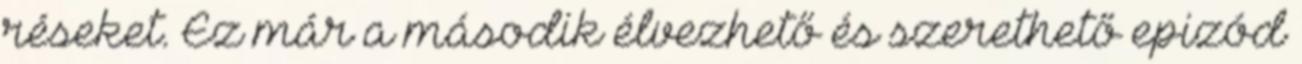
réseket. Ez már a második élvezhető és szerethető epizód